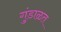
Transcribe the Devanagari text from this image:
गुंडाळत